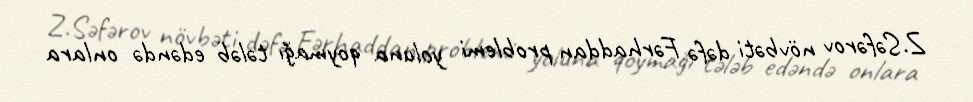
Z.Səfərov növbəti dəfə Fərhaddan problemi yoluna qoymağı tələb edəndə onlara